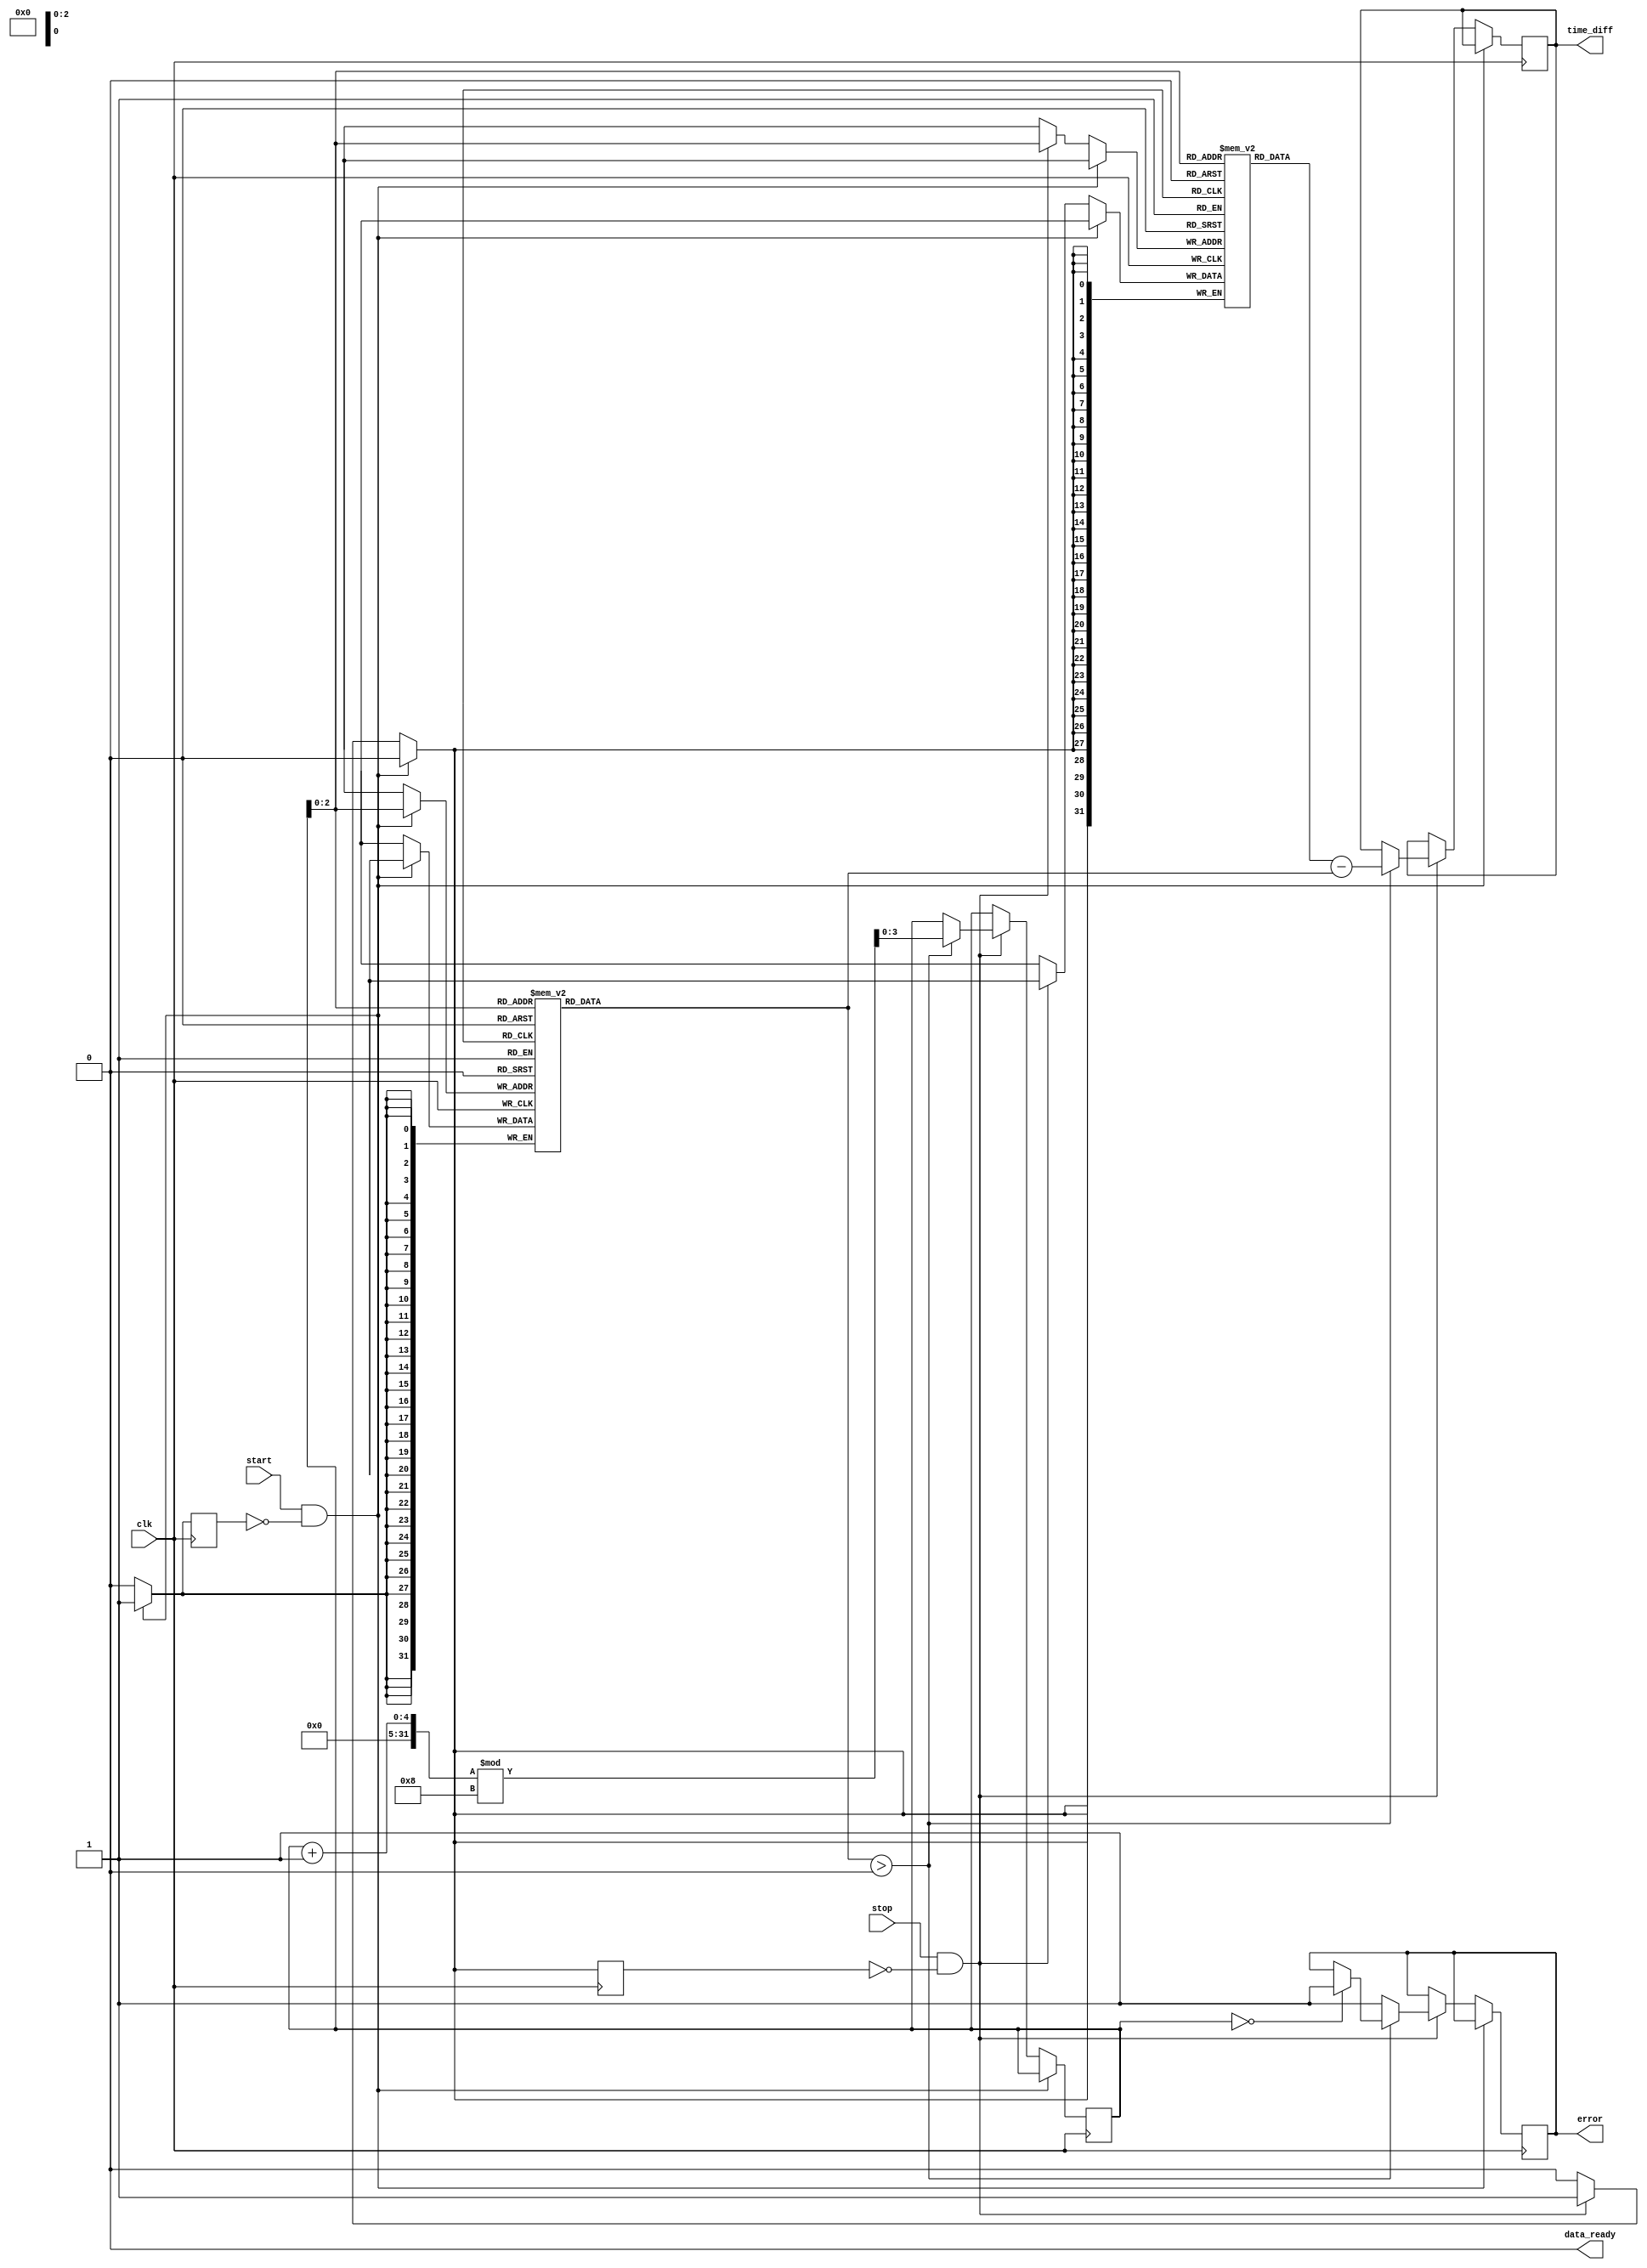
module MemoryBlocksSynchronizedTDC (
    input wire clk,               // Clock signal
    input wire start,             // Start signal
    input wire stop,              // Stop signal
    output reg [31:0] time_diff,  // Time difference output
    output reg data_ready,        // Data ready signal
    output reg error              // Error signal
);

    // Memory block parameters
    parameter MEMORY_SIZE = 8;    // Number of timestamps to store
    reg [31:0] start_timestamps [0:MEMORY_SIZE-1]; // Start timestamps
    reg [31:0] stop_timestamps [0:MEMORY_SIZE-1];  // Stop timestamps

    reg [3:0] index;              // Index for memory storage
    reg capturing_start;          // Flag for capturing start timestamp
    reg capturing_stop;           // Flag for capturing stop timestamp

    initial begin
        index = 0;
        data_ready = 0;
        error = 0;
    end

    // Capture timestamps on the rising edge of the clock
    always @(posedge clk) begin
        if (start && !capturing_start) begin
            // Start capturing timestamp
            capturing_start <= 1;
            capturing_stop <= 0;
            start_timestamps[index] <= $time; // Capture current time
        end else if (stop && !capturing_stop) begin
            // Stop capturing timestamp
            capturing_stop <= 1;
            capturing_start <= 0;
            stop_timestamps[index] <= $time; // Capture current time

            // Calculate time difference
            if (start_timestamps[index] > 0) begin
                time_diff <= stop_timestamps[index] - start_timestamps[index];
                data_ready <= 1; // Mark data as ready
                index <= (index + 1) % MEMORY_SIZE; // Circular buffer
                if (index == 0) begin
                    error <= 1; // Error if buffer is full
                end
            end else begin
                error <= 1; // Error if start timestamp not valid
            end
        end else begin
            capturing_start <= 0;
            capturing_stop <= 0;
        end
    end

    // Reset the data ready signal after reading the data
    always @(posedge clk) begin
        if (data_ready) begin
            data_ready <= 0; // Reset data ready signal
        end
    end

endmodule